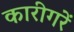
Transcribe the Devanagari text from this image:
कारीगरें